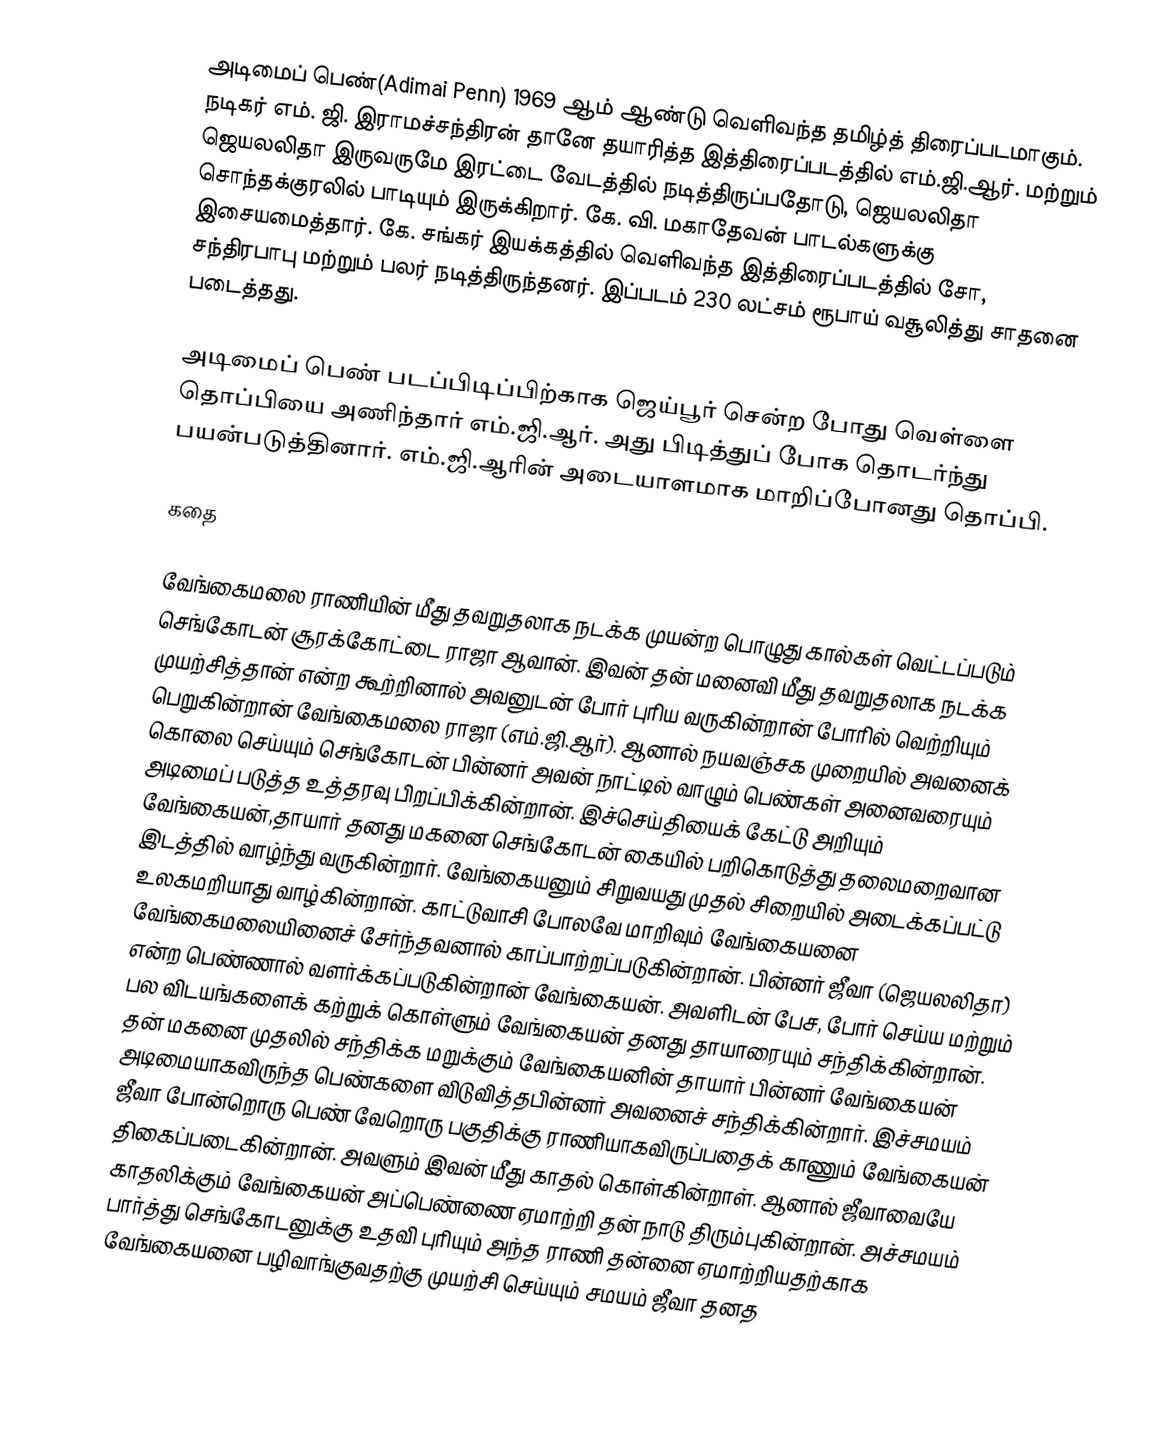
அடிமைப் பெண்(Adimai Penn) 1969 ஆம் ஆண்டு வெளிவந்த தமிழ்த் திரைப்படமாகும். நடிகர் எம். ஜி. இராமச்சந்திரன் தானே தயாரித்த இத்திரைப்படத்தில் எம்.ஜி.ஆர். மற்றும் ஜெயலலிதா இருவருமே இரட்டை வேடத்தில் நடித்திருப்பதோடு, ஜெயலலிதா சொந்தக்குரலில் பாடியும் இருக்கிறார். கே. வி. மகாதேவன் பாடல்களுக்கு இசையமைத்தார். கே. சங்கர் இயக்கத்தில் வெளிவந்த இத்திரைப்படத்தில் சோ, சந்திரபாபு மற்றும் பலர் நடித்திருந்தனர். இப்படம் 230 லட்சம் ரூபாய் வசூலித்து சாதனை படைத்தது.

அடிமைப் பெண் படப்பிடிப்பிற்காக ஜெய்பூர் சென்ற போது வெள்ளை தொப்பியை அணிந்தார் எம்.ஜி.ஆர். அது பிடித்துப் போக தொடர்ந்து பயன்படுத்தினார். எம்.ஜி.ஆரின் அடையாளமாக மாறிப்போனது தொப்பி.

கதை

வேங்கைமலை ராணியின் மீது தவறுதலாக நடக்க முயன்ற பொழுது கால்கள் வெட்டப்படும் செங்கோடன் சூரக்கோட்டை ராஜா ஆவான். இவன் தன் மனைவி மீது தவறுதலாக நடக்க முயற்சித்தான் என்ற கூற்றினால் அவனுடன் போர் புரிய வருகின்றான் போரில் வெற்றியும் பெறுகின்றான் வேங்கைமலை ராஜா (எம்.ஜி.ஆர்). ஆனால் நயவஞ்சக முறையில் அவனைக் கொலை செய்யும் செங்கோடன் பின்னர் அவன் நாட்டில் வாழும் பெண்கள் அனைவரையும் அடிமைப் படுத்த  உத்தரவு பிறப்பிக்கின்றான். இச்செய்தியைக் கேட்டு அறியும் வேங்கையன்,தாயார் தனது மகனை செங்கோடன் கையில் பறிகொடுத்து தலைமறைவான இடத்தில் வாழ்ந்து வருகின்றார். வேங்கையனும் சிறுவயது முதல் சிறையில் அடைக்கப்பட்டு உலகமறியாது வாழ்கின்றான். காட்டுவாசி போலவே மாறிவும் வேங்கையனை வேங்கைமலையினைச் சேர்ந்தவனால் காப்பாற்றப்படுகின்றான். பின்னர் ஜீவா (ஜெயலலிதா) என்ற பெண்ணால் வளர்க்கப்படுகின்றான் வேங்கையன். அவளிடன் பேச, போர் செய்ய மற்றும் பல விடயங்களைக் கற்றுக் கொள்ளும் வேங்கையன் தனது தாயாரையும் சந்திக்கின்றான். தன் மகனை முதலில் சந்திக்க மறுக்கும் வேங்கையனின் தாயார் பின்னர் வேங்கையன் அடிமையாகவிருந்த பெண்களை விடுவித்தபின்னர் அவனைச் சந்திக்கின்றார். இச்சமயம் ஜீவா போன்றொரு பெண் வேறொரு பகுதிக்கு ராணியாகவிருப்பதைக் காணும் வேங்கையன் திகைப்படைகின்றான். அவளும் இவன் மீது காதல் கொள்கின்றாள். ஆனால் ஜீவாவையே காதலிக்கும் வேங்கையன் அப்பெண்ணை ஏமாற்றி தன் நாடு திரும்புகின்றான். அச்சமயம் பார்த்து செங்கோடனுக்கு உதவி புரியும் அந்த ராணி தன்னை ஏமாற்றியதற்காக வேங்கையனை பழிவாங்குவதற்கு முயற்சி செய்யும் சமயம் ஜீவா தனத